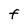
Character: f